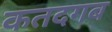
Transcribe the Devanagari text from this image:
कतदगब